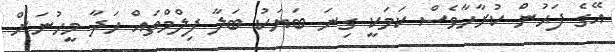
އޭގެ ފަޙުން ކުރާހާވެސް ކަަމަކީ ގިނަ ބަޔަކު ބަލާ ފިލްމްތައް ހަދާ މީހުނަށް